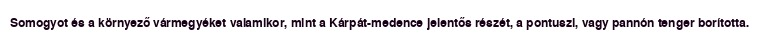
Somogyot és a környező vármegyéket valamikor, mint a Kárpát-medence jelentős részét, a pontuszi, vagy pannón tenger borította.